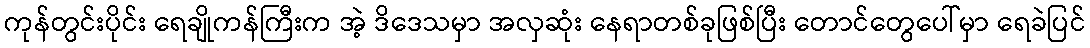
ကုန်တွင်းပိုင်း ရေချိုကန်ကြီးက အဲ့ ဒိဒေသမှာ အလှဆုံး နေရာတစ်ခုဖြစ်ပြီး တောင်တွေပေါ်မှာ ရေခဲပြင်